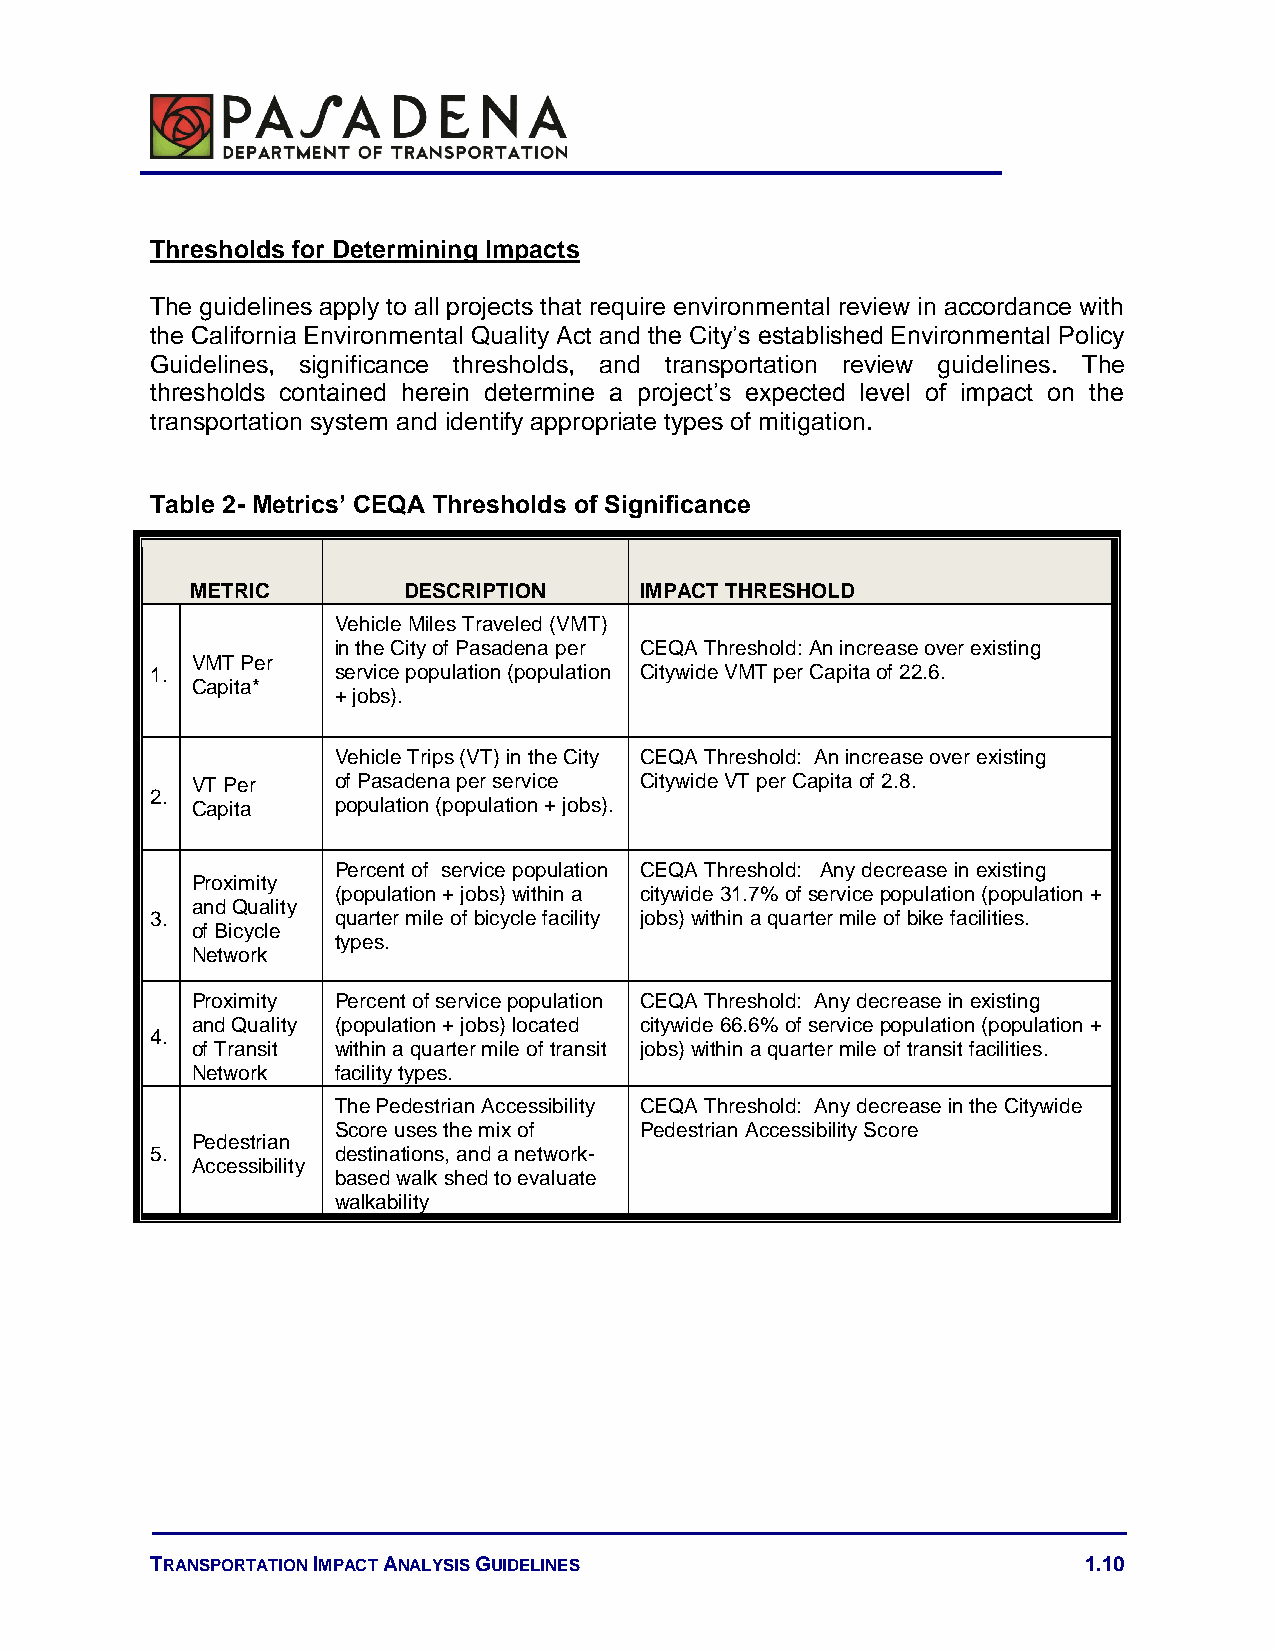
Thresholds for Determining Impacts
 The guidelines apply to all projects that require environmental review in accordance with
 the California Environmental Quality Act and the City’s established Environmental Policy
 Guidelines, significance thresholds, and transportation review guidelines. The
 thresholds contained herein determine a project’s expected level of impact on the
 transportation system and identify appropriate types of mitigation.
 Table 2- Metrics’ CEQA Thresholds of Significance
 METRIC        DESCRIPTION    IMPACT THRESHOLD
 Vehicle Miles Traveled (VMT)
 in the City of Pasadena per CEQA Threshold: An increase over existing
 VMT Per
 1.          service population (population Citywide VMT per Capita of 22.6.
 Capita*
 + jobs).
 Vehicle Trips (VT) in the City CEQA Threshold: An increase over existing
 VT Per   of Pasadena per service Citywide VT per Capita of 2.8.
 2.
 Capita   population (population + jobs).
 Percent of service population CEQA Threshold: Any decrease in existing
 Proximity
 (population + jobs) within a citywide 31.7% of service population (population +
 and Quality
 3.          quarter mile of bicycle facility jobs) within a quarter mile of bike facilities.
 of Bicycle
 types.
 Network
 Proximity Percent of service population CEQA Threshold: Any decrease in existing
 and Quality (population + jobs) located citywide 66.6% of service population (population +
 4.
 of Transit within a quarter mile of transit jobs) within a quarter mile of transit facilities.
 Network  facility types.
 The Pedestrian Accessibility CEQA Threshold: Any decrease in the Citywide
 Score uses the mix of Pedestrian Accessibility Score
 Pedestrian
 5.          destinations, and a network-
 Accessibility
 based walk shed to evaluate
 walkability
 TRANSPORTATION IMPACT ANALYSIS GUIDELINES                     1.10